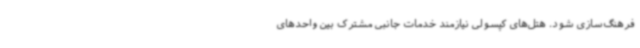
فرهنگ‌سازی شود. هتل‌های کپسولی نیازمند خدمات جانبی مشترک بین واحدهای